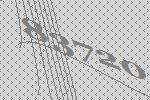
83720